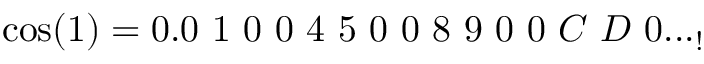
\cos ( 1 ) = 0 . 0 \ 1 \ 0 \ 0 \ 4 \ 5 \ 0 \ 0 \ 8 \ 9 \ 0 \ 0 \ C \ D \ 0 . . . _ { ! }